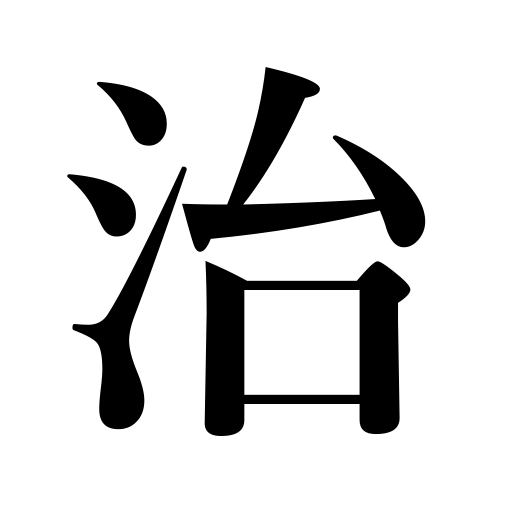
Meanings: alter,get well,conserve resources,convert money,reform,return to normal,correct,adjust,rule,be restored,quell,peace,restore,be mended,calm down,re-do,cure,government,change from third to second class,mend,revise,repair,be ruled,amend,be at peace,put in order,regulate,manage,be installed as a legal wife,govern,subdue,be settled,patch up,heal